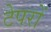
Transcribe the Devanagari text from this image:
टेपरों